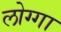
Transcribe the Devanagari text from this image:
लोग्गा